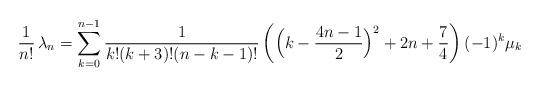
LaTeX: \begin{align*} \frac{1}{n!} \,\lambda_{n} = \sum_{k=0}^{n-1} \frac{1}{k!(k+3)!(n-k-1)!}\left(\Bigl(k - \frac{4n-1}{2} \Bigr)^2 + 2n + \frac{7}{4}\right)(-1)^k \mu_k\end{align*}